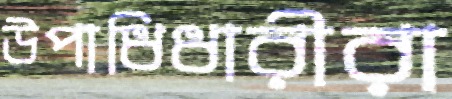
উপাধিধারীরা